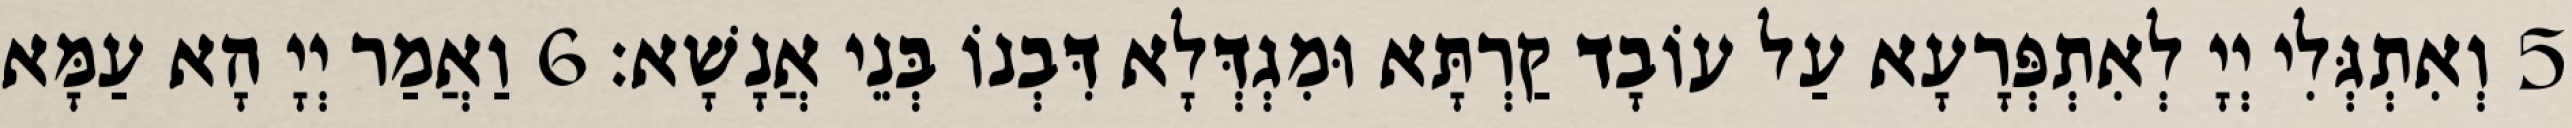
5 וְאִתְגְּלִי יְיָ לְאִתְפְּרָעָא עַל עוֹבָד קַרְתָּא וּמִגְדְּלָא דִּבְנוֹ בְּנֵי אֲנָשָׁא׃ 6 וַאֲמַר יְיָ הָא עַמָּא